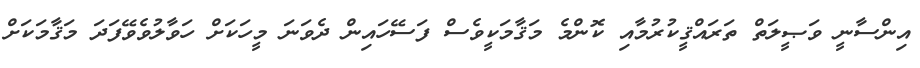
އިންސާނީ ވަޞީލަތް ތަރައްޤީކުރުމާއި ކޮންމެ މަޤާމަކީވެސް ފަސޭހައިން ދެވަނަ މީހަކަށް ހަވާލުވެވޭފަދަ މަޤާމަކަށް